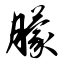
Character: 朦